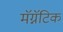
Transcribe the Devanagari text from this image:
मॅग्नॅटिक